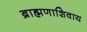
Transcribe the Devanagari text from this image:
ब्राह्मणाशिवाय